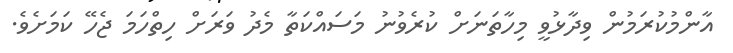
އާންމުކުރަމުން ވިދާޅުވީ މިހާތަނަށް ކުރެވުނު މަސައްކަތާ މެދު ވަރަށް ހިތްހަމަ ޖެހޭ ކަމަށެވެ.